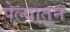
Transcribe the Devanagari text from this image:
पेल्यातून